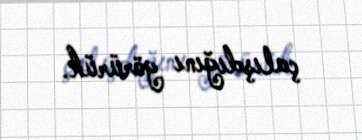
çalışdığını görürük.